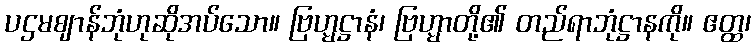
ပဌမဈာန်ဘုံဟုဆိုအပ်သော။ ဗြဟ္မဋ္ဌာနံ၊ ဗြဟ္မာတို့၏ တည်ရာဘုံဋ္ဌာနကို။ ဧတ္ထ၊